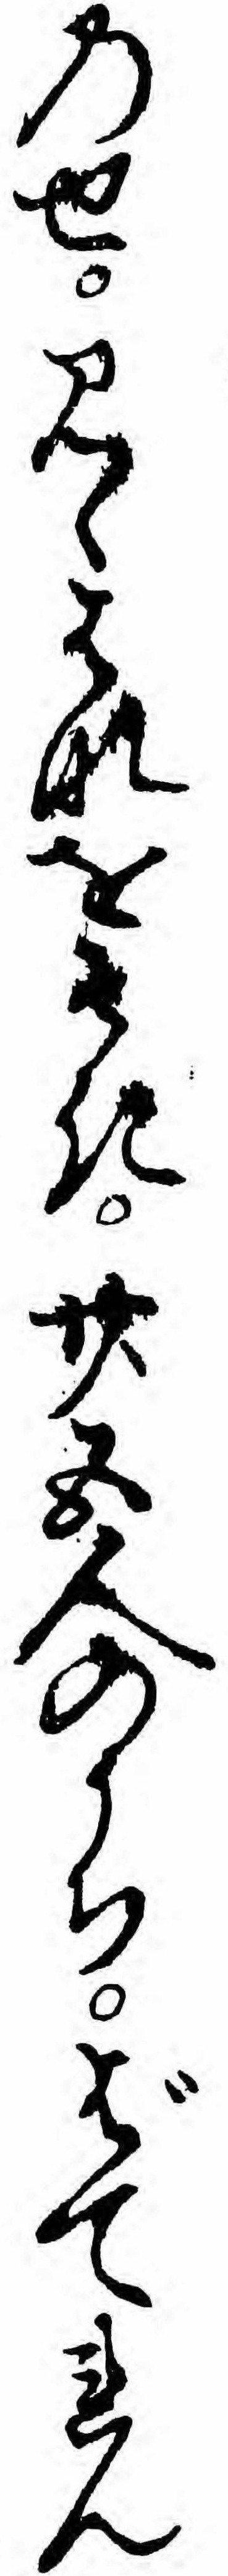
のせみゝはなをそき廿五人のうちばてれん